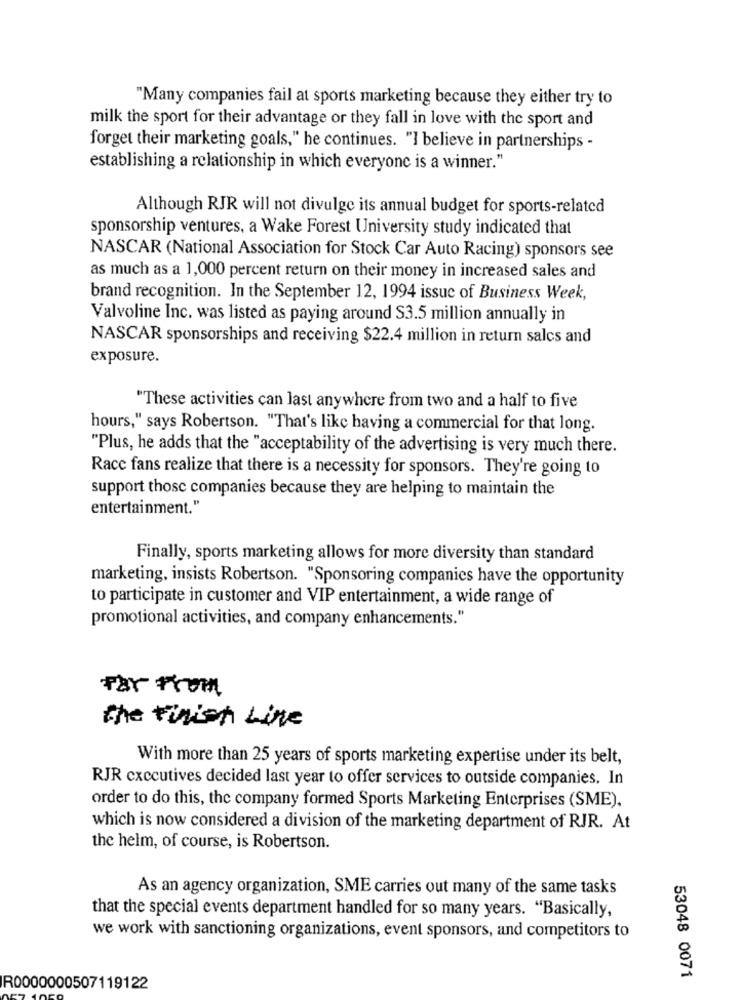
"Many companies fail at sports marketing because they either try to
milk the sport for their advantage or they fall in love with the sport and
forget their marketing goals," he continues. "I believe in partnerships -
establishing a relationship in which everyone is a winner."
Although RJR will not divulge its annual budget for sports-related
sponsorship ventures, a Wake Forest University study indicated that
NASCAR (National Association for Stock Car Auto Racing) sponsors see
as much as a 1,000 percent return on their money in increased sales and
brand recognition. In the September 12, 1994 issue of Business Week,
Valvoline Inc. was listed as paying around S3.5 million annually in
NASCAR sponsorships and receiving $22.4 million in return salcs and
exposure.
"These activities can last anywhere from two and a half to five
hours," says Robertson. "That's like having a commercial for that long.
"Plus, he adds that the "acceptability of the advertising is very much there.
Race fans realize that there is a necessity for sponsors. They're going to
support those companies because they are helping to maintain the
entertainment."
Finally, sports marketing allows for more diversity than standard
marketing, insists Robertson. "Sponsoring companies have the opportunity
to participate in customer and VIP entertainment, a wide range of
promotional activities, and company enhancements."
Far From
the Finish Line
With more than 25 years of sports marketing expertise under its belt,
RJR executives decided last year to offer services to outside companies. In
order to do this, the company formed Sports Marketing Enterprises (SME).
which is now considered a division of the marketing department of RJR. At
the helm, of course, is Robertson.
As an agency organization, SME carries out many of the same tasks
that the special events department handled for so many years. "Basically,
we work with sanctioning organizations, event sponsors, and competitors to
53048 0071
R0000000507119122